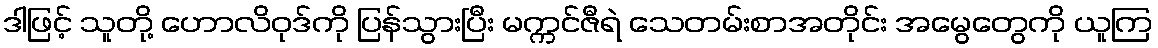
ဒါဖြင့် သူတို့ ဟောလိဝုဒ်ကို ပြန်သွားပြီး မက္ကင်ဇီရဲ သေတမ်းစာအတိုင်း အမွေတွေကို ယူကြ